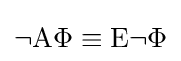
\neg \mathrm {A} \Phi \equiv \mathrm {E} \neg \Phi